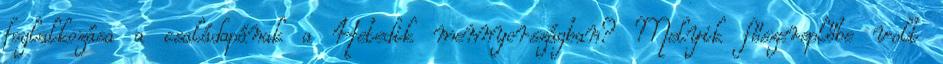
foglalkozása a családapának a Hetedik mennyországban? Melyik főszereplőbe volt